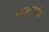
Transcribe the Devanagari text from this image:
एकादशांस